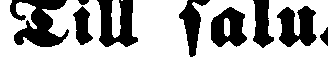
Till salu.